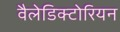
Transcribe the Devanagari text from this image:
वैलेडिक्टोरियन